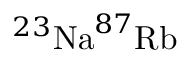
^ { 2 3 } \mathrm { N a } ^ { 8 7 } \mathrm { R b }